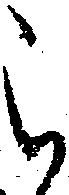
被